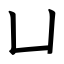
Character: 凵